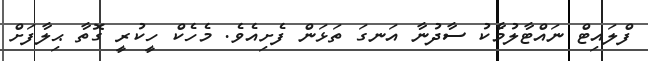
ފްލައިޓް ނައްޓާލުމާެކު ސާދުނާ އަނގަ ތަޅަން ފެށިއެވެ. މެހެކް ހީކުރީ ގޮތާ ޙިލާފަށް